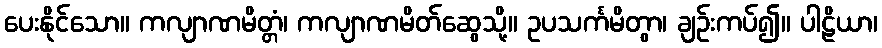
ပေးနိုင်သော။ ကလျာဏမိတ္တံ၊ ကလျာဏမိတ်ဆွေသို့။ ဥပသင်္ကမိတွာ၊ ချဉ်းကပ်၍။ ပါဠိယာ၊